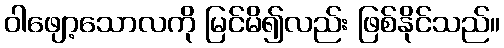
ဝါဖျော့သောလကို မြင်မိ၍လည်း ဖြစ်နိုင်သည်။